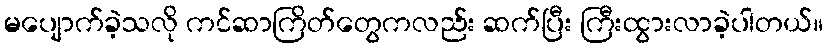
မပျောက်ခဲ့သလို ကင်ဆာကြိတ်တွေကလည်း ဆက်ပြီး ကြီးထွားလာခဲ့ပါတယ်။